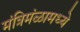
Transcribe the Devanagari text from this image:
मंत्रिमंळामध्ये